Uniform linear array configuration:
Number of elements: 16
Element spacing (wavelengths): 0.25
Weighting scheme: binomial
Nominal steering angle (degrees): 45
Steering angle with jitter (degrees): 46.653
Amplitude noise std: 0.05
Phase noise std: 0.05

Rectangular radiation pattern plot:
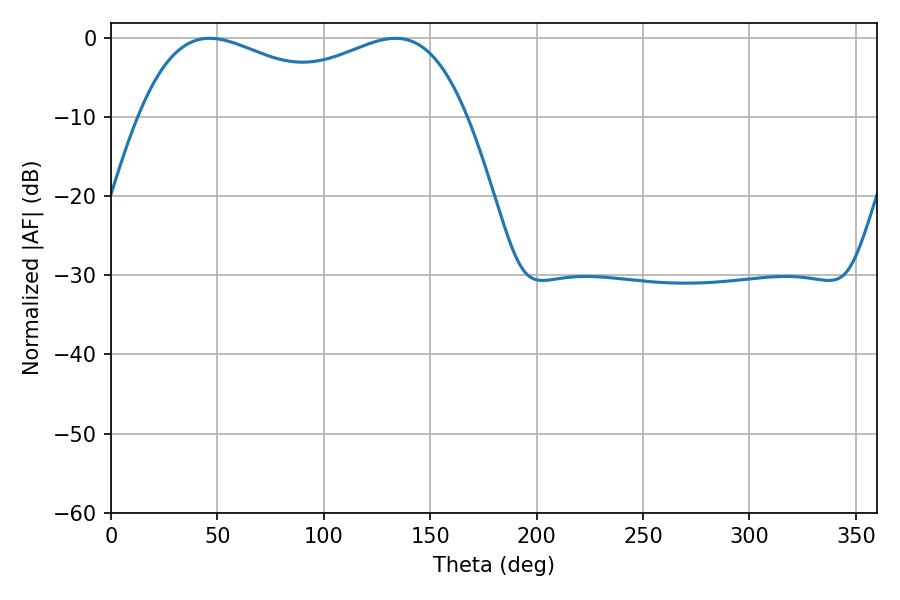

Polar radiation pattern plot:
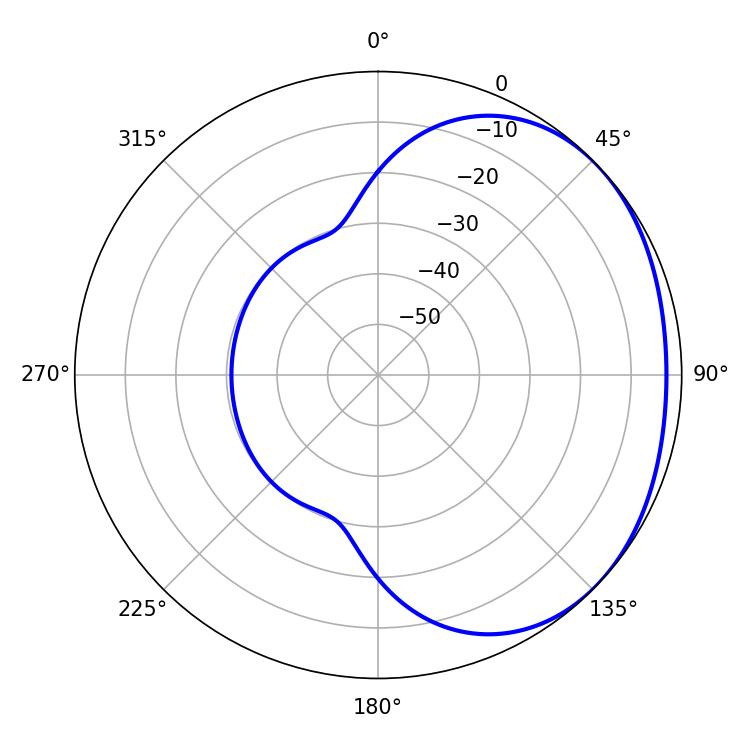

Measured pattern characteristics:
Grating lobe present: FALSE
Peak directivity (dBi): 1.677
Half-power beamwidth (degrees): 61.74
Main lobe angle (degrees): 46.26